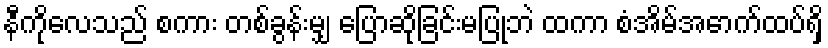
နီကိုလေသည် စကား တစ်ခွန်းမျှ ပြောဆိုခြင်းမပြုဘဲ ထကာ စံအိမ်အောက်ထပ်ရှိ